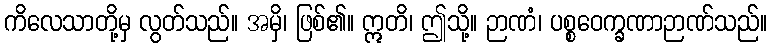
ကိလေသာတို့မှ လွတ်သည်။ အမှိ၊ ဖြစ်၏။ ဣတိ၊ ဤသို့။ ဉာဏံ၊ ပစ္စဝေက္ခဏာဉာဏ်သည်။